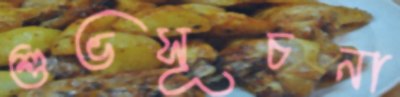
শুভসূচনা